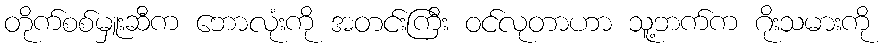
တိုက်စစ်မှူးဆီက ဘောလုံးကို အတင်းကြီး ဝင်လုတာဟာ သူ့ဘက်က ဂိုးသမားကို